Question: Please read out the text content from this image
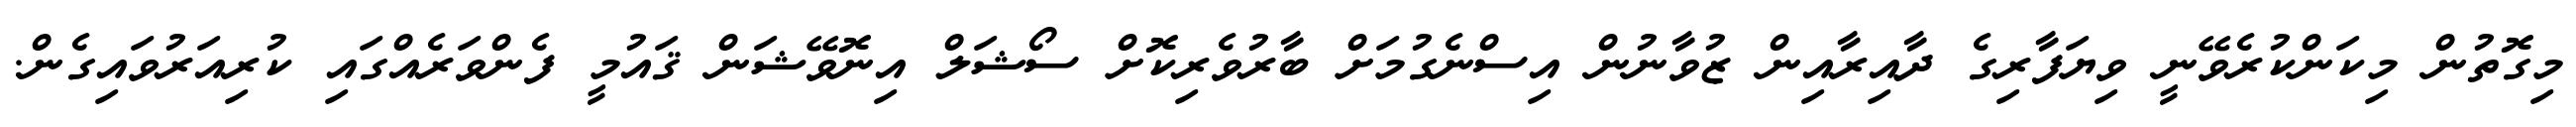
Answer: މިގޮތުން މިކަންކުރެވޭނީ ވިޔަފާރިގެ ދާއިރާއިން ޒުވާނުން އިސްނެގުމަށް ބާރުވެރިކޮށް ސޯޝަލް އިނޮވޭޝަން ޤައުމީ ފެންވަރެއްގައި ކުރިއަރުވައިގެން.